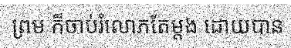
ព្រម ក៏ចាប់រំលោភតែម្តង ដោយបាន